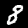
Digit: 8